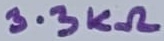
Text: 3.3KΩ